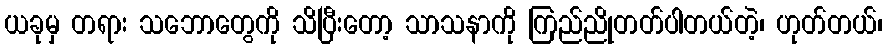
ယခုမှ တရား သဘောတွေကို သိပြီးတော့ သာသနာကို ကြည်ညိုတတ်ပါတယ်တဲ့၊ ဟုတ်တယ်၊